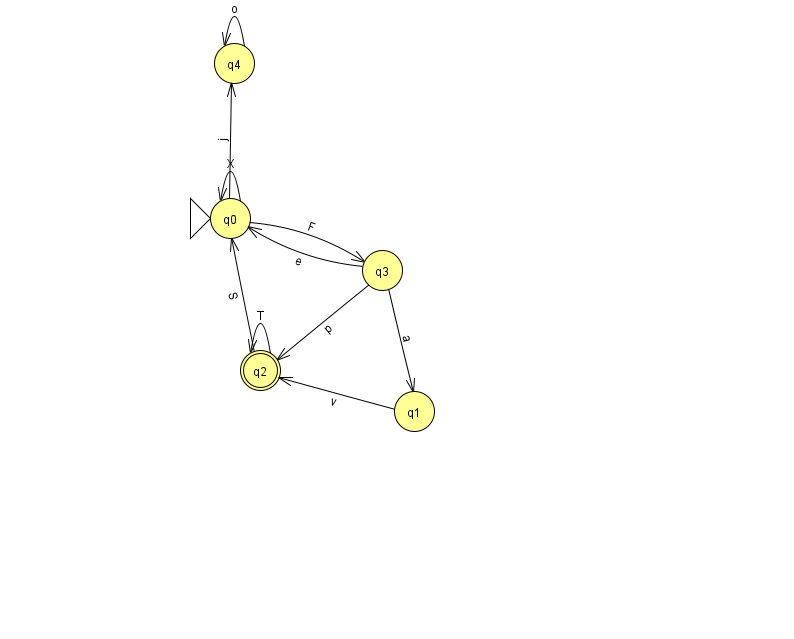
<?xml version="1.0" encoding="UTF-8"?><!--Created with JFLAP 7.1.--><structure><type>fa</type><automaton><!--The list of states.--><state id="0" name="q0"><x>230.0</x><y>205.0</y><initial/></state><state id="1" name="q1"><x>414.0</x><y>398.0</y></state><state id="2" name="q2"><x>260.0</x><y>357.0</y><final/></state><state id="3" name="q3"><x>382.0</x><y>257.0</y></state><state id="4" name="q4"><x>234.0</x><y>50.0</y></state><!--The list of transitions.--><transition><from>3</from><to>2</to><read>p</read></transition><transition><from>2</from><to>2</to><read>T</read></transition><transition><from>0</from><to>0</to><read>X</read></transition><transition><from>2</from><to>0</to><read>S</read></transition><transition><from>3</from><to>1</to><read>a</read></transition><transition><from>3</from><to>0</to><read>e</read></transition><transition><from>1</from><to>2</to><read>v</read></transition><transition><from>0</from><to>4</to><read>j</read></transition><transition><from>0</from><to>3</to><read>F</read></transition><transition><from>4</from><to>4</to><read>o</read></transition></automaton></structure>